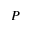
_ P